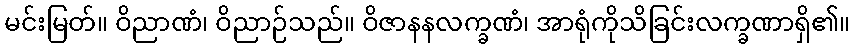
မင်းမြတ်။ ဝိညာဏံ၊ ဝိညာဉ်သည်။ ဝိဇာနနလက္ခဏံ၊ အာရုံကိုသိခြင်းလက္ခဏာရှိ၏။